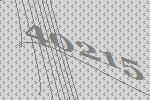
40215